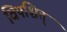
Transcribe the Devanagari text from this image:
विपश्चित्‌